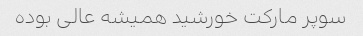
سوپر مارکت خورشید همیشه عالی بوده